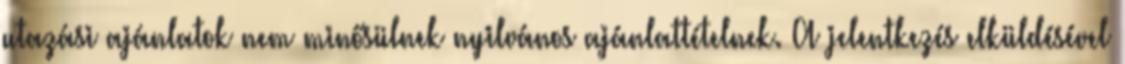
utazási ajánlatok nem minősülnek nyilvános ajánlattételnek. A jelentkezés elküldésével